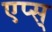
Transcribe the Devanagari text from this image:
एप्स्